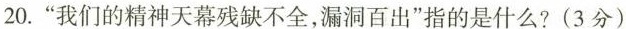
20.”我们的精神天幕残缺不全，漏洞百出”指的是什么?(3分)